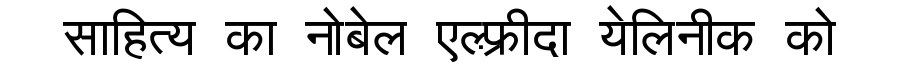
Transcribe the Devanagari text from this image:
साहित्य का नोबेल एल्फ़्रीदा येलिनीक को